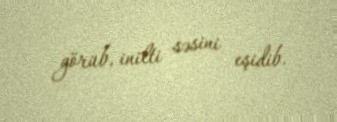
görüb, inilti səsini eşidib.